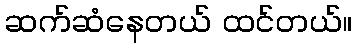
ဆက်ဆံနေတယ် ထင်တယ်။